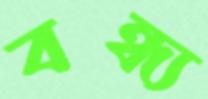
বন্ধ্য